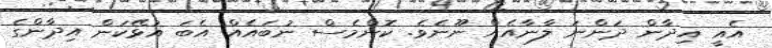
އެއީ އިދާން ދަންނަ ލާނާއެއް ނޫނެވެ. ކޮންމެސް ނުބައެއް އެބަ އުޅޭކަން އިދާންގެ